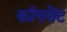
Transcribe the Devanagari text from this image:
कॉनवेंट